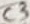
Text: C3